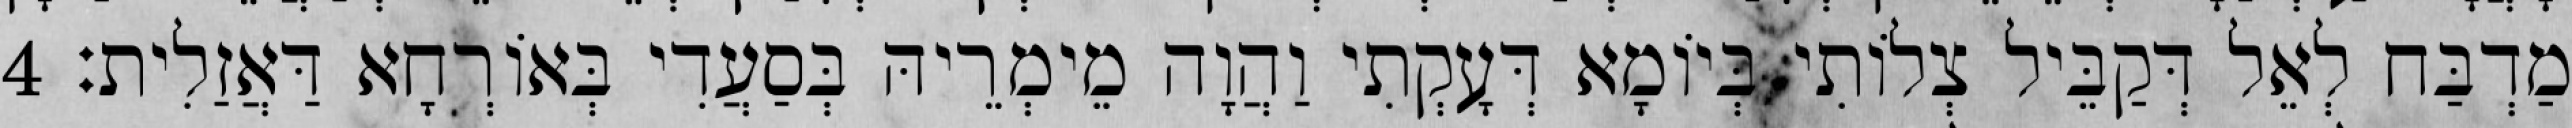
מַדְבַּח לְאֵל דְּקַבֵּיל צְלוֹתִי בְּיוֹמָא דְּעָקְתִי וַהֲוָה מֵימְרֵיהּ בְּסַעֲדִי בְּאוֹרְחָא דַּאֲזַלִית׃ 4